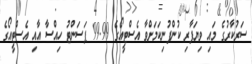
ސަރުކާރުގެ މައި ވިޔަފާރި ކުންފުނިކަމަށްވާ އެސްޓީއޯގެ 99.99 ޕަސަންޓު ހިއްސާ އާއި އެސްޓީއޯގެ